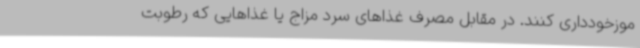
موزخودداری کنند. در مقابل مصرف غذاهای سرد مزاج یا غذاهایی که رطوبت